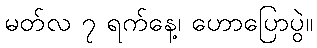
မတ်လ ၇ ရက်နေ့၊ ဟောပြောပွဲ။